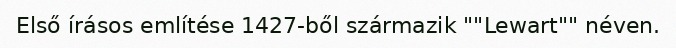
Első írásos említése 1427-ből származik ""Lewart"" néven.